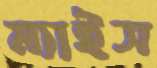
ম্যাইস